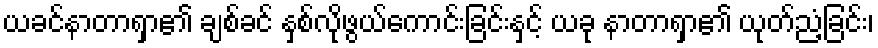
ယခင်နာတာရှာ၏ ချစ်ခင် နှစ်လိုဖွယ်ကောင်းခြင်းနှင့် ယခု နာတာရှာ၏ ယုတ်ညံ့ခြင်း၊